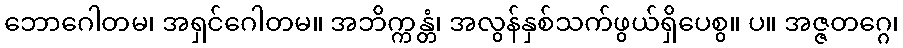
ဘောဂေါတမ၊ အရှင်ဂေါတမ။ အဘိက္ကန္တံ၊ အလွန်နှစ်သက်ဖွယ်ရှိပေစွ။ ပ။ အဇ္ဇတဂ္ဂေ၊